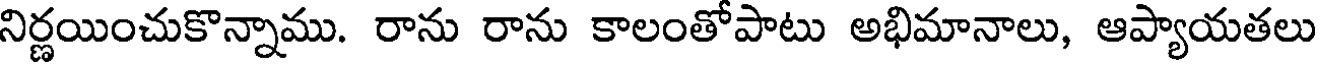
నిర్ణయించుకొన్నాము. రాను రాను కాలంతోపాటు అభిమానాలు, ఆప్యాయతలు